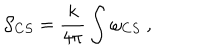
LaTeX: { \cal S } _ { C S } = \frac { k } { 4 \pi } \int \omega _ { C S } ~ ,